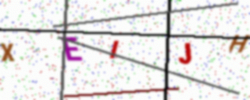
Text: XEIJH